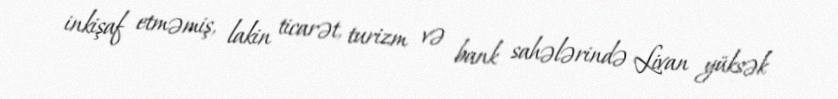
inkişaf etməmiş, lakin ticarət, turizm və bank sahələrində Livan yüksək